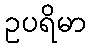
ဥပရိမာ